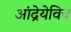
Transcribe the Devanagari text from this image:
आंद्रेयेविच